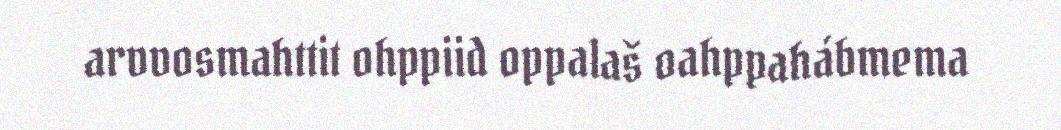
arvvosmahttit ohppiid oppalaš oahppahábmema